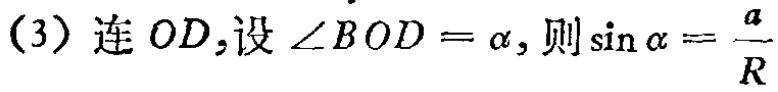
(3) 连 \(OD\)，设 \(\angle BOD = \alpha\)，则 \(\sin\alpha = \frac{a}{R}\)